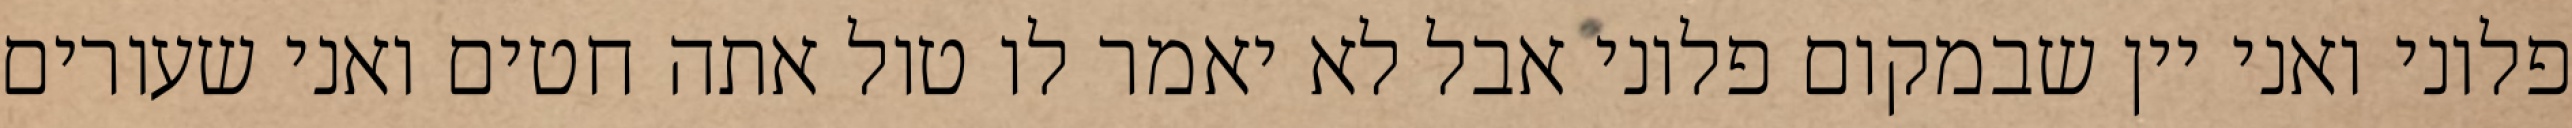
פלוני ואני יין שבמקום פלוני אבל לא יאמר לו טול אתה חטים ואני שעורים